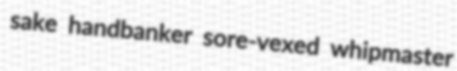
sake handbanker sore-vexed whipmaster